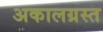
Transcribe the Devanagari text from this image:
अकालग्रस्त